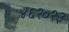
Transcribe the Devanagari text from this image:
४६२०२३